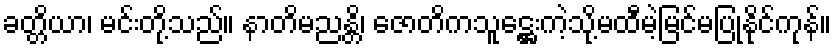
ခတ္တိယာ၊ မင်းတို့သည်။ နာတိမညန္တိ၊ ဇောတိကသူဋ္ဌေးကဲ့သို့မထီမဲ့မြင်မပြုနိုင်ကုန်။